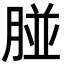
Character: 𦝤